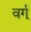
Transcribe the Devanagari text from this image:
वर्ग्